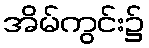
အိမ်ကွင်း၌